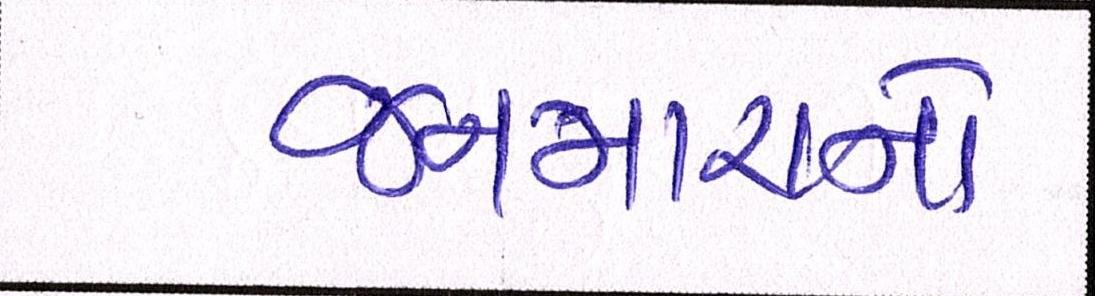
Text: જનમારાનો